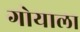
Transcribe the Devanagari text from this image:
गोयाला